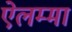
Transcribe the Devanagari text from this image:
ऐलम्मा